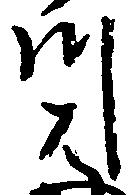
川